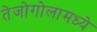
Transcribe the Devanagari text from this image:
तेजोगोलामध्ये